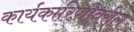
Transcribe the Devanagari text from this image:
कार्यकारिणीवरील